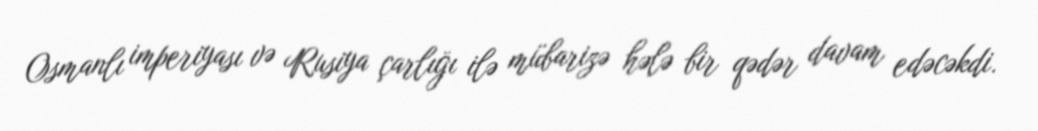
Osmanlı imperiyası və Rusiya çarlığı ilə mübarizə hələ bir qədər davam edəcəkdi.